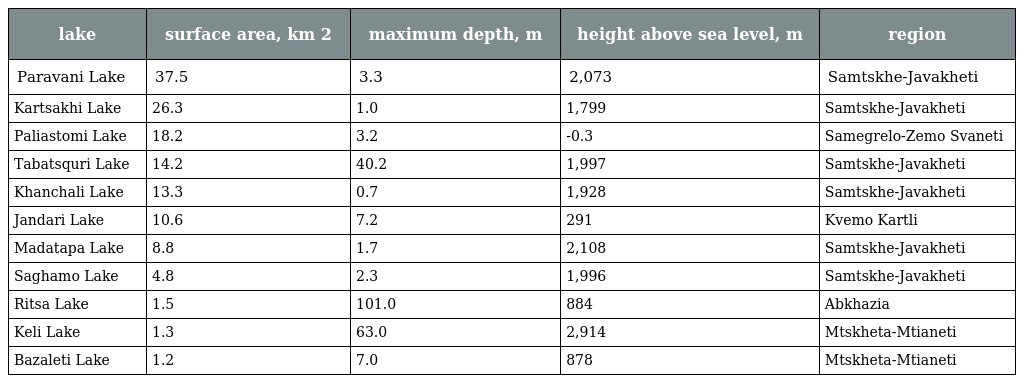
| lake | surface area, km 2 | maximum depth, m | height above sea level, m | region |
 | --- | --- | --- | --- | --- |
 | Paravani Lake | 37.5 | 3.3 | 2,073 | Samtskhe-Javakheti |
 | Kartsakhi Lake | 26.3 | 1.0 | 1,799 | Samtskhe-Javakheti |
 | Paliastomi Lake | 18.2 | 3.2 | -0.3 | Samegrelo-Zemo Svaneti |
 | Tabatsquri Lake | 14.2 | 40.2 | 1,997 | Samtskhe-Javakheti |
 | Khanchali Lake | 13.3 | 0.7 | 1,928 | Samtskhe-Javakheti |
 | Jandari Lake | 10.6 | 7.2 | 291 | Kvemo Kartli |
 | Madatapa Lake | 8.8 | 1.7 | 2,108 | Samtskhe-Javakheti |
 | Saghamo Lake | 4.8 | 2.3 | 1,996 | Samtskhe-Javakheti |
 | Ritsa Lake | 1.5 | 101.0 | 884 | Abkhazia |
 | Keli Lake | 1.3 | 63.0 | 2,914 | Mtskheta-Mtianeti |
 | Bazaleti Lake | 1.2 | 7.0 | 878 | Mtskheta-Mtianeti |